Scottish Leaving Certificate Examination, 1960
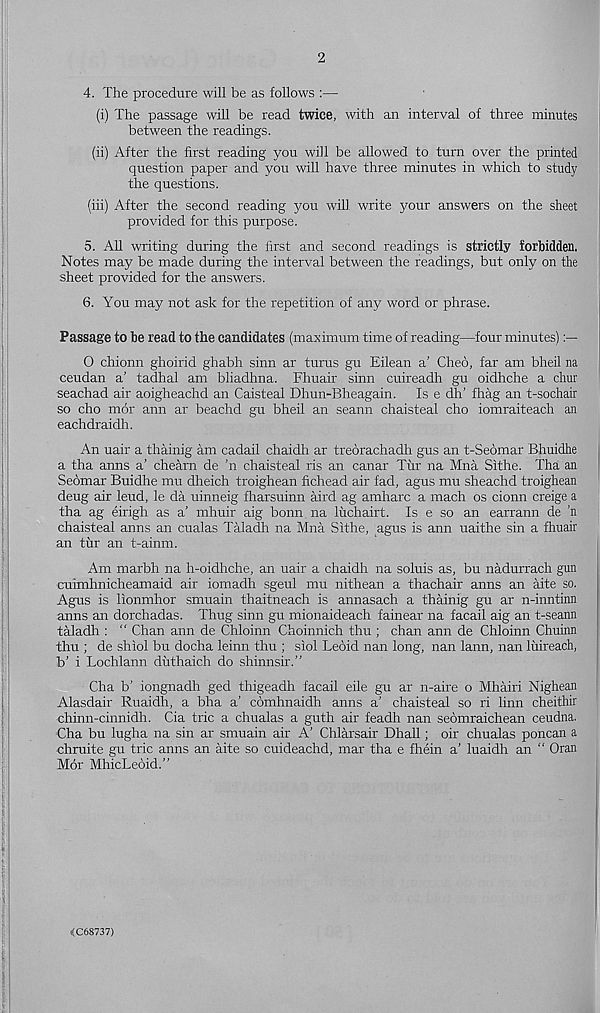
2
4. The procedure will be as follows :—
(i) The passage will be read twice, with an interval of three minutes
between the readings.
(ii) After the first reading you will be allowed to turn over the printed
question paper and you will have three minutes in which to study
the questions.
(iii) After the second reading you will write your answers on the sheet
provided for this purpose.
5. All writing during the first and second readings is strictly forbidden.
Notes may be made during the interval between the readings, but only on the
sheet provided for the answers.
6. You may not ask for the repetition of any word or phrase.
Passage to be read to the candidates (maximum time of reading—four minutes)
0 chionn ghoirid ghabh sinn ar turns gu Eilean a’ Cheo, far am bheil na
ceudan a’ tadhal am bliadhna. Fhuair sinn cuireadh gu oidhche a chur
seachad air aoigheachd an Caisteal Dhun-Bheagain. Is e dlT fhag an t-sochair
so cho mor aim ar beachd gu bheil an seann chaisteal cho iomraiteach an
eachdraidh.
An uair a thainig am cadail chaidh ar treorachadh gus an t-Seomar Bhuidhe
a tha anns a’ chearn de ’n chaisteal ris an canar Tur na Mna Sithe. Tha an
Seomar Buidhe mu dheich troighean fichead air fad, agus mu sheachd troighean
deug air leud, le da uinneig fharsuinn aird ag amharc a mach os cionn creige a
tha ag eirigh as a’ mhuir aig bonn na luchairt. Is e so an earrann de ’n
chaisteal anns an cualas Taladh na Mna Sithe, agus is ann uaithe sin a fhuair
an tur an t-ainm.
Am marbh na h-oidhche, an uair a chaidh na soluis as, bu nadurrach gun
cuimhnicheamaid air iomadh sgeul mu nithean a thachair anns an aite so.
Agus is lionmhor smuain thaitneach is annasach a thainig gu ar n-inntinn
anns an dorchadas. Thug sinn gu mionaideach fainear na facail aig an t-seann
taladh : “ Chan ann de Chloinn Choinnich thu ; chan ann de Chloinn Chuinn
thu ; de shiol bu docha leinn thu ; siol Leoid nan long, nan lann, nan luireach,
b’ i Lochlann duthaich do shinnsir.”
Cha b’ iongnadh ged thigeadh facail eile gu ar n-aire o Mhairi Nighean
Alasdair Ruaidh, a bha a’ comhnaidh anns a’ chaisteal so ri linn cheithir
chinn-cinnidh. Cia trie a chualas a guth air feadh nan seomraichean ceudna.
•Cha bu lugha na sin ar smuain air A' Chlarsair Dhall; oir chualas poncan a
chruite gu trie anns an aite so cuideachd, mar tha e fhein a’ luaidh an “ Oran
Mor MhicLeoid.”
<C68737)